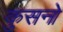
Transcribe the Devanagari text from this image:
कुसनो